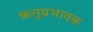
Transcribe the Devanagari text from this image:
ऋतुप्रभावक